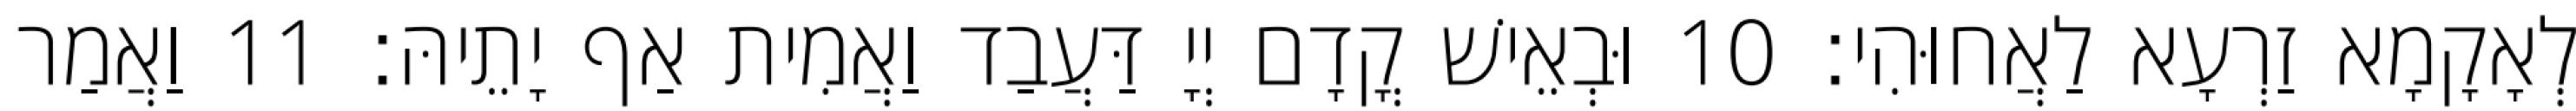
לְאָקָמָא זַרְעָא לַאֲחוּהִי׃ 10 וּבְאֵישׁ קֳדָם יְיָ דַּעֲבַד וַאֲמִית אַף יָתֵיהּ׃ 11 וַאֲמַר